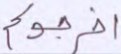
أخرجوكم